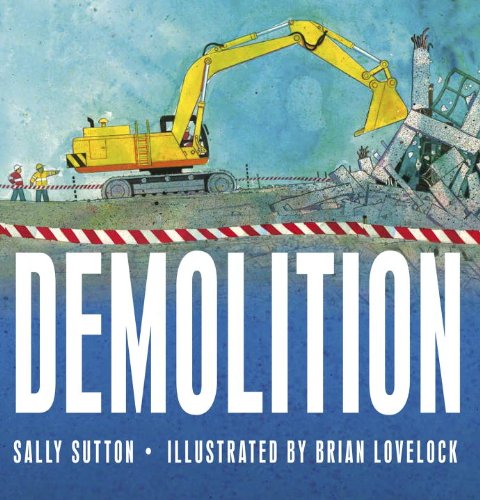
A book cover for Demolition; Sally Sutton; Children's Books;